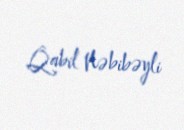
Qabil Nəbibəyli